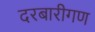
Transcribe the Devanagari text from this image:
दरबारीगण